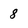
Character: 8